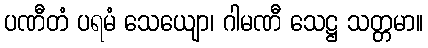
ပဏီတံ ပရမံ သေယျော၊ ဂါမဏီ သေဋ္ဌ သတ္တမာ။